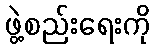
ဖွဲ့စည်းရေးကို